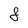
Character: 8